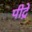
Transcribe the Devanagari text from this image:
पीट्रे